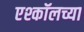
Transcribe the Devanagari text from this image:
एश्कॉलच्या